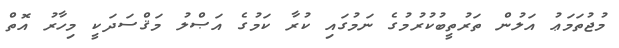
މުޖުތަމަޢު އަލުން ތަރުތީބުކުރުމުގެ ނަމުގައި ކުރާ ކަމުގެ އަޞްލު މަޤްސަދަކީ މިހާރު އޮތް